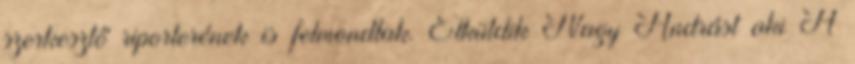
szerkesztő riporterének is felmondtak. Elküldik Nagy Andrást aki A